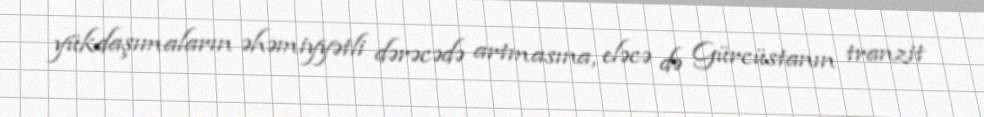
yükdaşımaların əhəmiyyətli dərəcədə artmasına, eləcə də Gürcüstanın tranzit